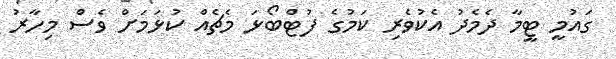
ގައުމީ ޓީމާ ދެމެދު އެކުވެރި ކަމުގެ ފުޓްބޯޅަ މެޗެއް ކުޅަމަށް ވެސް މިހާރު